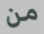
من